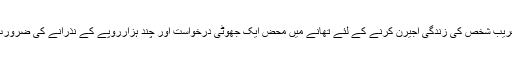
کسی بھی غریب شخص کی زندگی اجیرن کرنے کے لئے تھانے میں محض ایک جھوٹی درخواست اور چند ہزارروپے کے نذرانے کی ضرورت ہوتی ہے۔